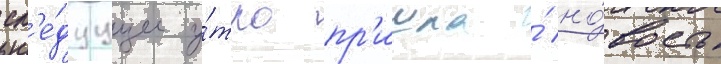
сл'е́дуущее у́тро пр'ишла́ но́вость